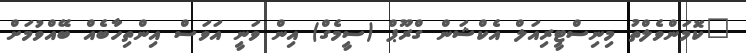
"ކޮމަންވެލްތު މިނިސްޓީރިއަލް އެކްޝަން ގްރޫޕް (ސީމެގް) އިން ވަނީ އަވަސް އިންތިހާބެއް ބޭއްވުމަށް